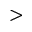
>